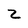
Character: Z